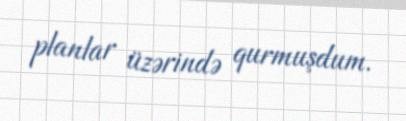
planlar üzərində qurmuşdum.